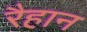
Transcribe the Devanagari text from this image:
रैहान